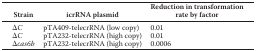
| Strain | icrRNA plasmid | Reduction in transformation rate by factor |
 | --- | --- | --- |
 | ΔC | pTA409-telecrRNA (low copy) | 0.01 |
 | ΔC | pTA232-telecrRNA (high copy) | 0.01 |
 | Δcas6b | pTA232-telecrRNA (high copy) | 0.0006 |